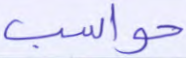
حواسب